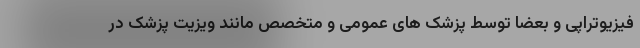
فیزیوتراپی و بعضا توسط پزشک های عمومی و متخصص مانند ویزیت پزشک در